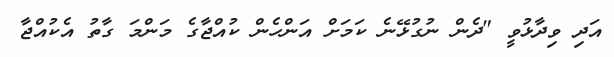
އަދި ވިދާޅުވީ "ދެން ނުގުޅޭނެ ކަމަށް އަންހެން ކުއްޖާގެ މަންމަ ގާތު އެކުއްޖާ